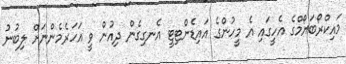
މައިކްރޯބަޔޯމްގެ އެހީގައި އެ މީހުންގެ އައިޑެންޓިޓީ އެނގިގެން ދިއުން ވީ އަހަރެމެންނަށް ލިބުނު